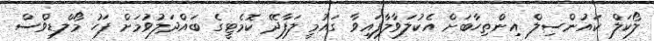
ލޯކަލް ކައުންސިލް އިންތިހާބަށް އެކުލަވާލާފައިވާ ގައުމީ ލަފާދޭ ކޮމެޓީގެ ބައްދަލުވުމަށް ފަހު މޯލްޑިވްސް